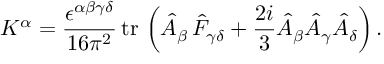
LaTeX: K ^ { \alpha } = \frac { \epsilon ^ { \alpha \beta \gamma \delta } } { 1 6 \pi ^ { 2 } } \, \mathrm { t r \, } \left( \hat { A } _ { \beta } \, \hat { F } _ { \gamma \delta } + \frac { 2 i } 3 \hat { A } _ { \beta } \hat { A } _ { \gamma } \hat { A } _ { \delta } \right) .